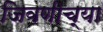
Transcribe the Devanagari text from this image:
जिवणीच्या